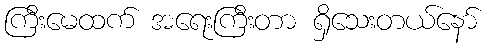
ကြီးမေထက် အရေးကြီးတာ ရှိသေးတယ်နော်